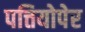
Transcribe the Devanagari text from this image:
पत्तियोपेर